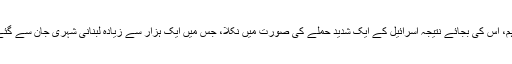
تاہم، اس کی بجائے نتیجہ اسرائیل کے ایک شدید حملے کی صورت میں نکلا، جس میں ایک ہزار سے زیادہ لبنانی شہری جان سے گئے۔